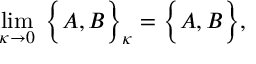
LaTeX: \operatorname * { l i m } _ { \kappa \rightarrow 0 } \; \Big \{ A , B \Big \} _ { \kappa } = \Big \{ A , B \Big \} ,